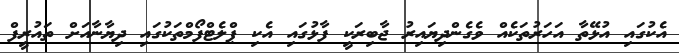
އެކުގައި އުޅޭތާ އަހަރުތަކެއް ވެގެންދިޔައިރު ޖާބިރަކީ ފާޅުގައި އެކި ޕްލެޓްފޯމްތަކުގައި ދިޔާނާއަށް ތައުރީފް